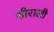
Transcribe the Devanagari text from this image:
शीराली